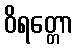
ဝိရတ္တော